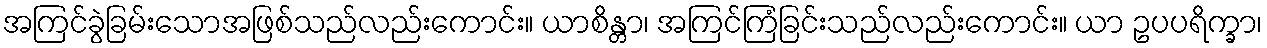
အကြင်ခွဲခြမ်းသောအဖြစ်သည်လည်းကောင်း။ ယာစိန္တာ၊ အကြင်ကြံခြင်းသည်လည်းကောင်း။ ယာ ဥပပရိက္ခာ၊